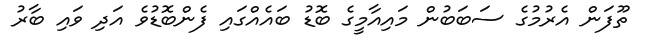
ތޫފަން އެރުމުގެ ސަބަބުން މައިއާމީގެ ބޮޑު ބައެއްގައި ފެންބޮޑުވެ އަދި ވައި ބާރު